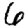
Digit: 6